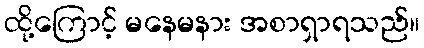
ထို့ကြောင့် မနေမနား အစာရှာရသည်။